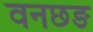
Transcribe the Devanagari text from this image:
वनछङ